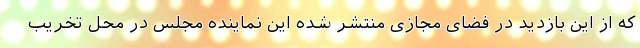
که از این بازدید در فضای مجازی منتشر شده این نماینده مجلس در محل تخریب